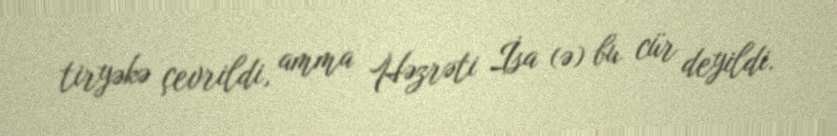
tiryəkə çevrildi, amma Həzrəti İsa (ə) bu cür deyildi.